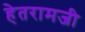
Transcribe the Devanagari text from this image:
हेतरामजी